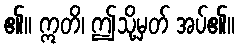
၏။ ဣတိ၊ ဤသို့မှတ် အပ်၏။